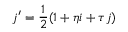
j ^ { \prime } = { \frac { 1 } { 2 } } ( 1 + \eta i + \tau j )